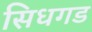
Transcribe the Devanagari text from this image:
सिधगड